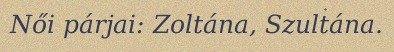
Női párjai: Zoltána, Szultána.